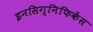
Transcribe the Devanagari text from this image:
इनसिग्निफिकेंस